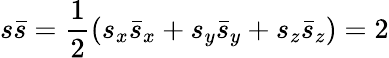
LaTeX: s{\bar{s}}={\frac{1}{2}}(s_{x}{\bar{s}}_{x}+s_{y}{\bar{s}}_{y}+s_{z}{\bar{s}}_{z})=2